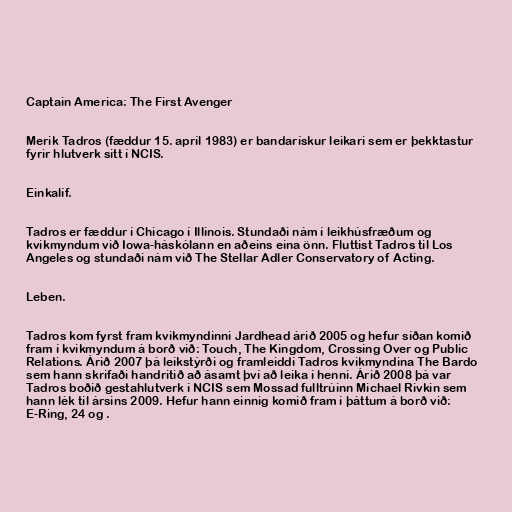
Captain America: The First Avenger

Merik Tadros (fæddur 15. apríl 1983) er bandarískur leikari sem er þekktastur
fyrir hlutverk sitt í NCIS.

Einkalíf.

Tadros er fæddur í Chicago í Illinois. Stundaði nám í leikhúsfræðum og
kvikmyndum við Iowa-háskólann en aðeins eina önn. Fluttist Tadros til Los
Angeles og stundaði nám við The Stellar Adler Conservatory of Acting.

Leben.

Tadros kom fyrst fram kvikmyndinni Jardhead árið 2005 og hefur síðan komið
fram í kvikmyndum á borð við: Touch, The Kingdom, Crossing Over og Public
Relations. Árið 2007 þá leikstýrði og framleiddi Tadros kvikmyndina The Bardo
sem hann skrifaði handritið að ásamt því að leika í henni. Árið 2008 þá var
Tadros boðið gestahlutverk í NCIS sem Mossad fulltrúinn Michael Rivkin sem
hann lék til ársins 2009. Hefur hann einnig komið fram í þáttum á borð við:
E-Ring, 24 og .